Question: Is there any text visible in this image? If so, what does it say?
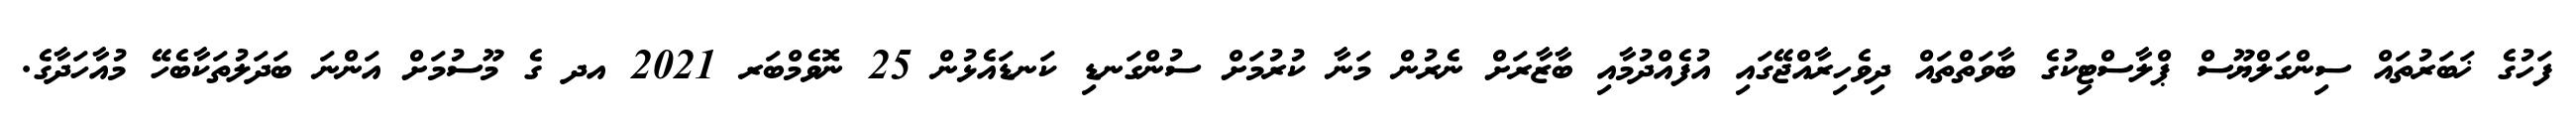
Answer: ފަހުގެ ޚަބަރުތައް ސިންގަލްޔޫސް ޕްލާސްޓިކުގެ ބާވަތްތައް ދިވެހިރާއްޖޭގައި އުފެއްދުމާއި ބާޒާރަށް ނެރުން މަނާ ކުރުމަށް ސުންގަނޑި ކަނޑައެޅުން 25 ނޮވެމްބަރ 2021 އދ ގެ މޫސުމަށް އަންނަ ބަދަލުތަކާބެހޭ މުއާހަދާގެ.